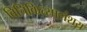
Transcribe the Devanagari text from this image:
विचिकित्सासंशय